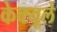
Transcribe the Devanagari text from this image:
केक्यूले